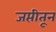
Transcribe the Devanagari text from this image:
जप्तीतून